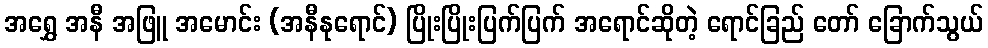
အရွှေ အနီ အဖြူ အမောင်း (အနီနုရောင်) ပြိုးပြိုးပြက်ပြက် အရောင်ဆိုတဲ့ ရောင်ခြည် တော် ခြောက်သွယ်